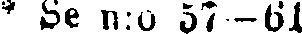
* Se n:o 57–61